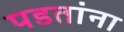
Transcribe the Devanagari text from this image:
पडतांना